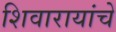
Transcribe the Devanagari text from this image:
शिवारायांचे